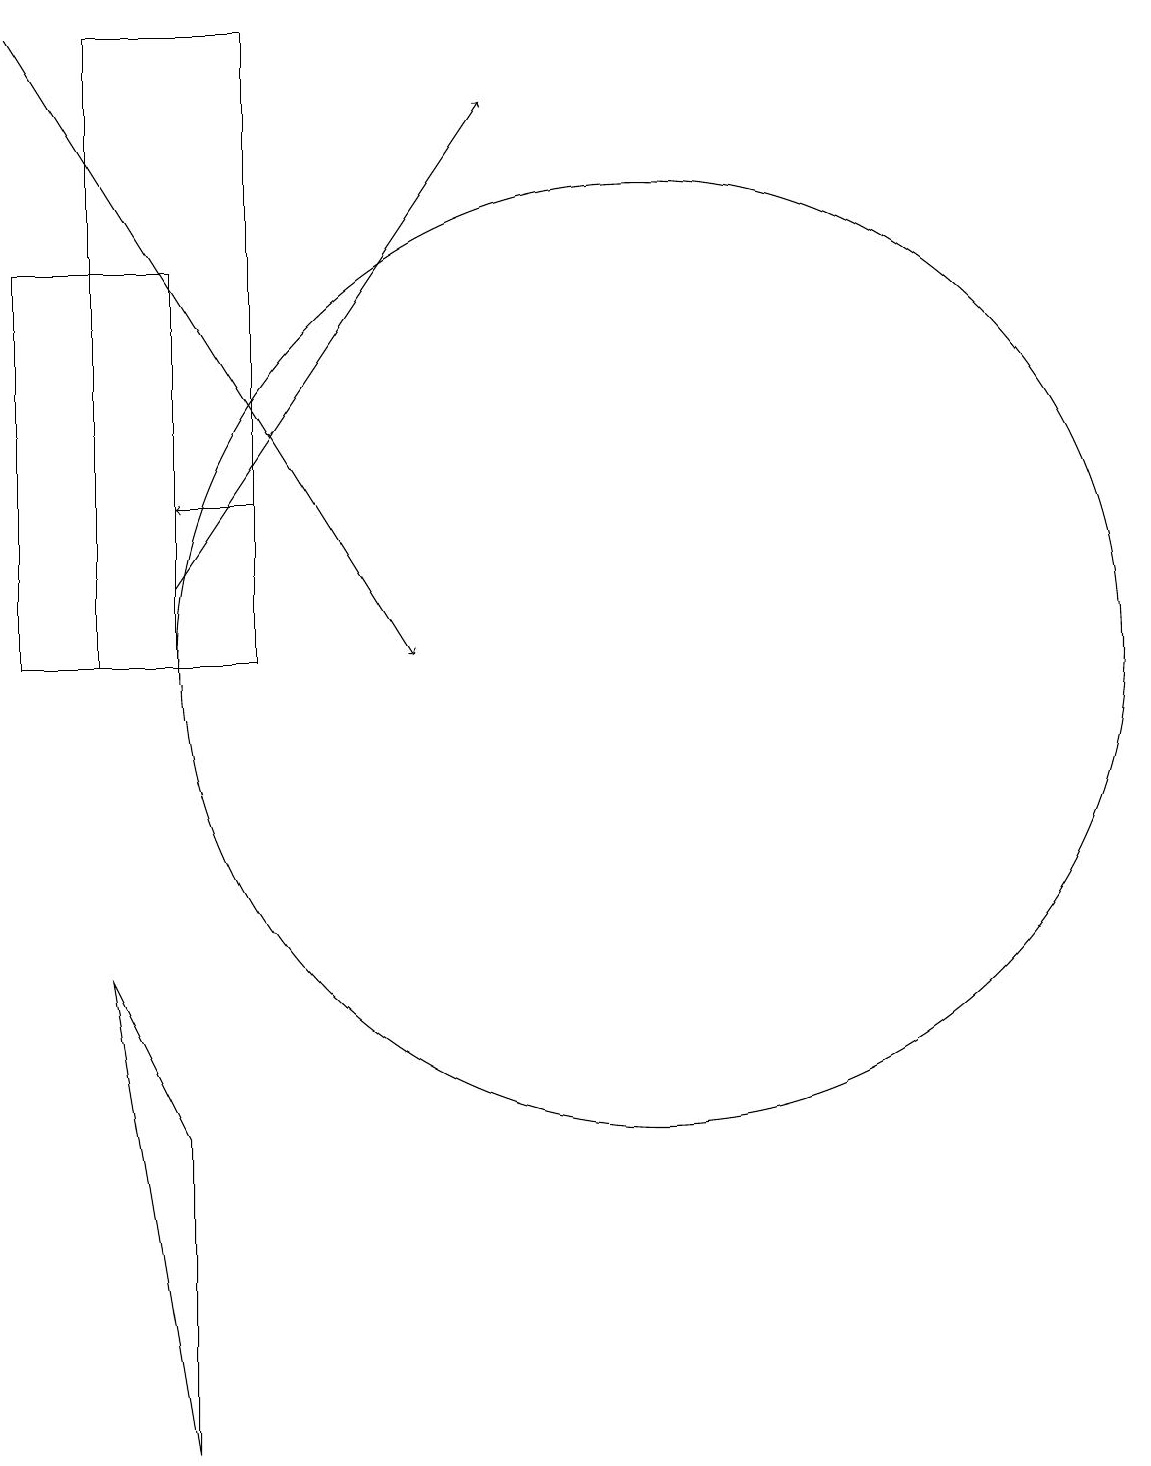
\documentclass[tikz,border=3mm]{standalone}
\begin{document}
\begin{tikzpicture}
\draw[->] (5,13) -- (4,13);
\draw (10,11) circle (6);
\draw[->] (4,12) -- (8,18);
\draw (4,16) rectangle (2,11);
\draw (3,7) -- (4,1) -- (4,5) -- cycle;
\draw (5,11) rectangle (3,19);
\draw[->] (2,19) -- (7,11);
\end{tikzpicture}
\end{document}